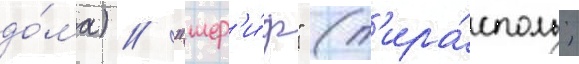
до́ма) / "шер'и́ф" (т'ира́споль;